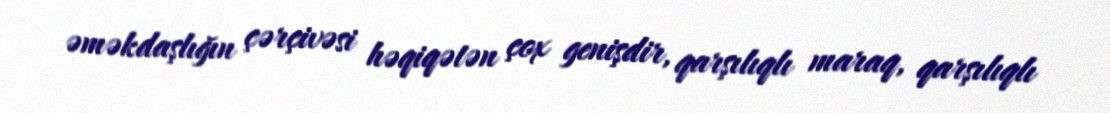
əməkdaşlığın çərçivəsi həqiqətən çox genişdir, qarşılıqlı maraq, qarşılıqlı